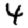
Digit: 4